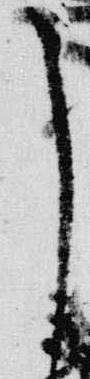
了